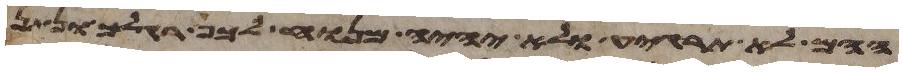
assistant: ההם לא תרגיע ולא יהיה מנוח לכף רגלך ונתן